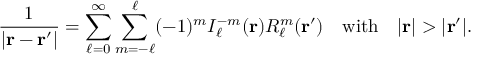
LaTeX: { \frac { 1 } { | \mathbf { r } - \mathbf { r } ^ { \prime } | } } = \sum _ { \ell = 0 } ^ { \infty } \sum _ { m = - \ell } ^ { \ell } ( - 1 ) ^ { m } I _ { \ell } ^ { - m } ( \mathbf { r } ) R _ { \ell } ^ { m } ( \mathbf { r } ^ { \prime } ) \quad { \mathrm { w i t h } } \quad | \mathbf { r } | > | \mathbf { r } ^ { \prime } | .